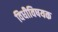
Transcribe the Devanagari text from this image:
विधीविषयक